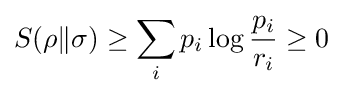
S(\rho \|\sigma )\geq \sum _{i}p_{i}\log {\frac {p_{i}}{r_{i}}}\geq 0